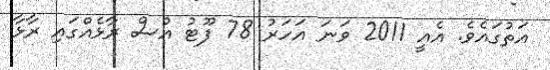
އަތުގައެވެ. އެއީ 2011 ވަނަ އަހަރު 78 ފޫޓު އުސް ރާޅެއްގައި ރާޅާ